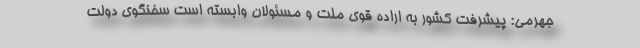
جهرمی: پیشرفت‌ کشور به اراده قوی ملت و مسئولان وابسته است سخنگوی دولت